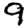
Digit: 9